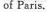
of Paris.